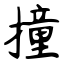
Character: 撞